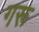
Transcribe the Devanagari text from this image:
गरू